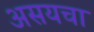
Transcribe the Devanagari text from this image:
असयचा